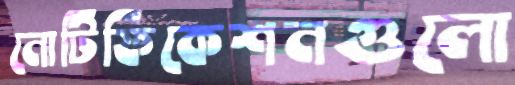
নোটিফিকেশনগুলো